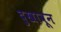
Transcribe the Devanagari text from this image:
दुखावून